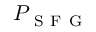
P _ { \mathrm { ~ S ~ F ~ G ~ } }